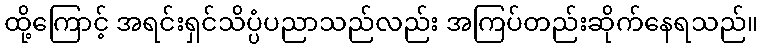
ထို့ကြောင့် အရင်းရှင်သိပ္ပံပညာသည်လည်း အကြပ်တည်းဆိုက်နေရသည်။